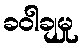
ခဝါချမှု